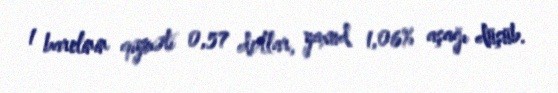
1 barelinin qiyməti 0,57 dollar, yaxud 1,06% aşağı düşüb.